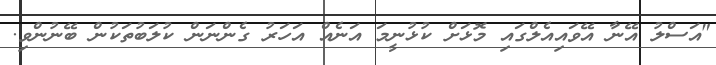
"އަސްލު އޭނާ އޭވައިއެލްގައި މޮޅަށް ކުޅުނީމަ އަނެއް އަހަރު ގެންނަން ކުލަބުތަކުން ބޭނުންވި.